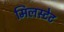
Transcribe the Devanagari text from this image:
मिलस्टेट